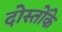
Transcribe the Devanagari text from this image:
दोस्तोंके